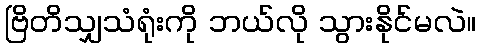
ဗြိတိသျှသံရုံးကို ဘယ်လို သွားနိုင်မလဲ။